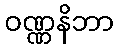
ဝဏ္ဏနိဘာ